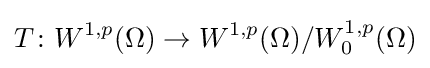
T\colon W^{1,p}(\Omega )\to W^{1,p}(\Omega )/W_{0}^{1,p}(\Omega )